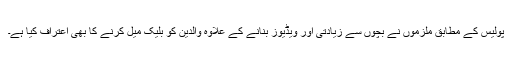
پولیس کے مطابق ملزموں نے بچوں سے زیادتی اور ویڈیوز بنانے کے علاوہ والدین کو بلیک میل کرنے کا بھی اعتراف کیا ہے۔